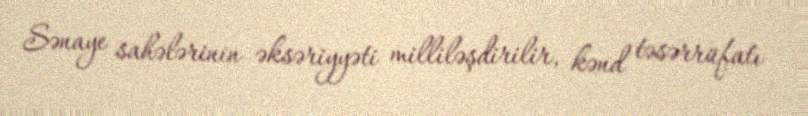
Sənaye sahələrinin əksəriyyəti milliləşdirilir, kənd təsərrüfatı